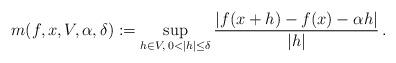
LaTeX: \begin{align*}m(f,x,V,\alpha,\delta) :=\sup_{h\in V, \, 0<|h|\le\delta}\frac { | f(x+h) - f(x) - \alpha h | } {|h|}\, .\end{align*}